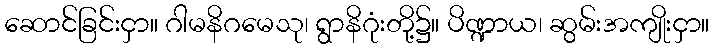
ဆောင်ခြင်းငှာ။ ဂါမနိဂမေသု၊ ရွာနိဂုံးတို့၌။ ပိဏ္ဍာယ၊ ဆွမ်းအကျိုးငှာ။